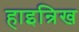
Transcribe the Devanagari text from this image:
हाइन्रिख